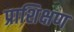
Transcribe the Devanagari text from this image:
प्राशिक्षण